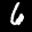
Label: 6